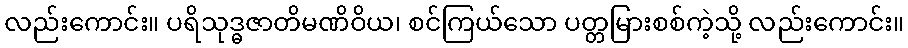
လည်းကောင်း။ ပရိသုဒ္ဓဇာတိမဏိဝိယ၊ စင်ကြယ်သော ပတ္တမြားစစ်ကဲ့သို့ လည်းကောင်း။